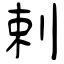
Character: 剌